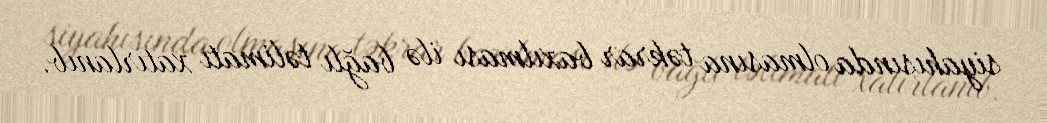
siyahısında olmasına təkrar baxılması ilə bağlı təlimatı xatırlanıb.